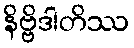
နိဗ္ဗိဒါတိဿ